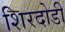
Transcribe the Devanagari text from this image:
शिरदोडी